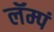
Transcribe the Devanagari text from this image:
लॅम्पं